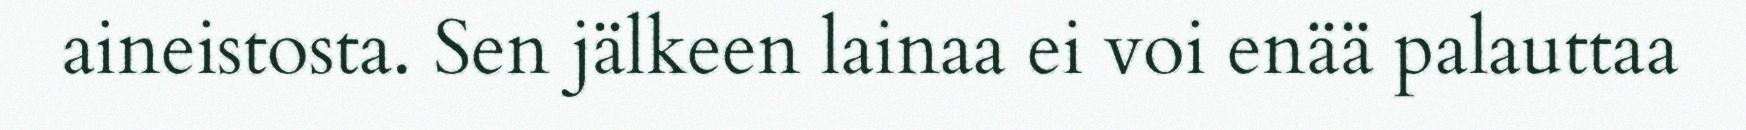
aineistosta. Sen jälkeen lainaa ei voi enää palauttaa